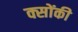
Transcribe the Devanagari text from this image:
क्सोंकी